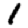
Digit: 1